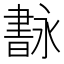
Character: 𦘢